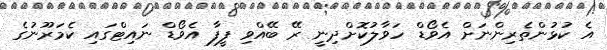
އެ ކުޅުންތެރިންނަށް އެވޯޑް ހަވާލުކޮށްދިނީ ރޭ ބޭއްވި ފީފާ އެވޯޑް ނައިޓްގައި ކެމަރޫނުގެ